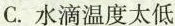
C.水滴温度太低